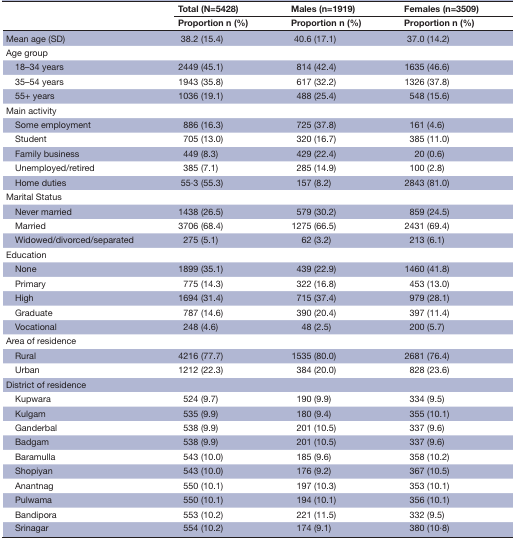
<table><thead><tr><td rowspan="2"></td><td><b>Total (N=5428)</b></td><td><b>Males (n=1919)</b></td><td><b>Females (n=3509)</b></td></tr><tr><td><b>Proportion n (%)</b></td><td><b>Proportion n (%)</b></td><td><b>Proportion n (%)</b></td></tr></thead><tbody><tr><td>Mean age (SD)</td><td>38.2 (15.4)</td><td>40.6 (17.1)</td><td>37.0 (14.2)</td></tr><tr><td colspan="4">Age group</td></tr><tr><td> 18–34 years</td><td>2449 (45.1)</td><td>814 (42.4)</td><td>1635 (46.6)</td></tr><tr><td> 35–54 years</td><td>1943 (35.8)</td><td>617 (32.2)</td><td>1326 (37.8)</td></tr><tr><td> 55+ years</td><td>1036 (19.1)</td><td>488 (25.4)</td><td>548 (15.6)</td></tr><tr><td colspan="4">Main activity</td></tr><tr><td> Some employment</td><td>886 (16.3)</td><td>725 (37.8)</td><td>161 (4.6)</td></tr><tr><td> Student</td><td>705 (13.0)</td><td>320 (16.7)</td><td>385 (11.0)</td></tr><tr><td> Family business</td><td>449 (8.3)</td><td>429 (22.4)</td><td>20 (0.6)</td></tr><tr><td> Unemployed/retired</td><td>385 (7.1)</td><td>285 (14.9)</td><td>100 (2.8)</td></tr><tr><td> Home duties</td><td>55∙3 (55.3)</td><td>157 (8.2)</td><td>2843 (81.0)</td></tr><tr><td colspan="4">Marital Status</td></tr><tr><td> Never married</td><td>1438 (26.5)</td><td>579 (30.2)</td><td>859 (24.5)</td></tr><tr><td> Married</td><td>3706 (68.4)</td><td>1275 (66.5)</td><td>2431 (69.4)</td></tr><tr><td> Widowed/divorced/separated</td><td>275 (5.1)</td><td>62 (3.2)</td><td>213 (6.1)</td></tr><tr><td colspan="4">Education</td></tr><tr><td> None</td><td>1899 (35.1)</td><td>439 (22.9)</td><td>1460 (41.8)</td></tr><tr><td> Primary</td><td>775 (14.3)</td><td>322 (16.8)</td><td>453 (13.0)</td></tr><tr><td> High</td><td>1694 (31.4)</td><td>715 (37.4)</td><td>979 (28.1)</td></tr><tr><td> Graduate</td><td>787 (14.6)</td><td>390 (20.4)</td><td>397 (11.4)</td></tr><tr><td> Vocational</td><td>248 (4.6)</td><td>48 (2.5)</td><td>200 (5.7)</td></tr><tr><td colspan="4">Area of residence</td></tr><tr><td> Rural</td><td>4216 (77.7)</td><td>1535 (80.0)</td><td>2681 (76.4)</td></tr><tr><td> Urban</td><td>1212 (22.3)</td><td>384 (20.0)</td><td>828 (23.6)</td></tr><tr><td colspan="4">District of residence</td></tr><tr><td> Kupwara</td><td>524 (9.7)</td><td>190 (9.9)</td><td>334 (9.5)</td></tr><tr><td> Kulgam</td><td>535 (9.9)</td><td>180 (9.4)</td><td>355 (10.1)</td></tr><tr><td> Ganderbal</td><td>538 (9.9)</td><td>201 (10.5)</td><td>337 (9.6)</td></tr><tr><td> Badgam</td><td>538 (9.9)</td><td>201 (10.5)</td><td>337 (9.6)</td></tr><tr><td> Baramulla</td><td>543 (10.0)</td><td>185 (9.6)</td><td>358 (10.2)</td></tr><tr><td> Shopiyan</td><td>543 (10.0)</td><td>176 (9.2)</td><td>367 (10.5)</td></tr><tr><td> Anantnag</td><td>550 (10.1)</td><td>197 (10.3)</td><td>353 (10.1)</td></tr><tr><td> Pulwama</td><td>550 (10.1)</td><td>194 (10.1)</td><td>356 (10.1)</td></tr><tr><td> Bandipora</td><td>553 (10.2)</td><td>221 (11.5)</td><td>332 (9.5)</td></tr><tr><td> Srinagar</td><td>554 (10.2)</td><td>174 (9.1)</td><td>380 (10∙8)</td></tr></tbody></table>